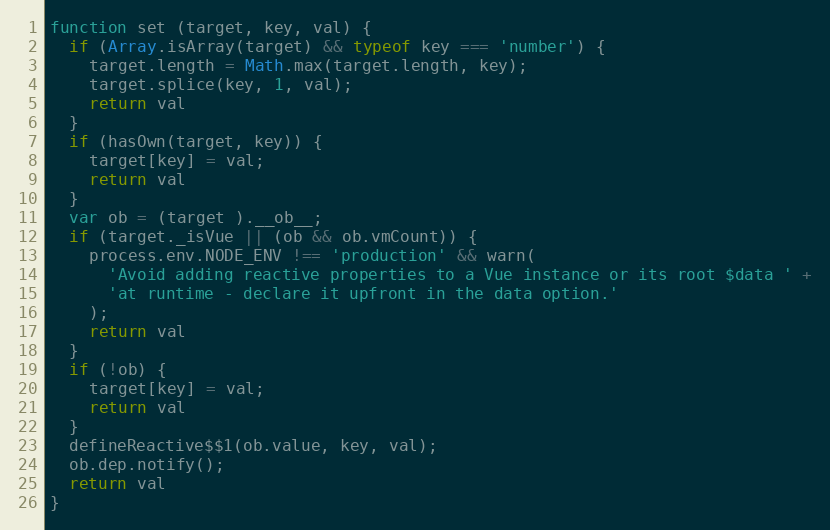
Language: JavaScript
function set (target, key, val) {
  if (Array.isArray(target) && typeof key === 'number') {
    target.length = Math.max(target.length, key);
    target.splice(key, 1, val);
    return val
  }
  if (hasOwn(target, key)) {
    target[key] = val;
    return val
  }
  var ob = (target ).__ob__;
  if (target._isVue || (ob && ob.vmCount)) {
    process.env.NODE_ENV !== 'production' && warn(
      'Avoid adding reactive properties to a Vue instance or its root $data ' +
      'at runtime - declare it upfront in the data option.'
    );
    return val
  }
  if (!ob) {
    target[key] = val;
    return val
  }
  defineReactive$$1(ob.value, key, val);
  ob.dep.notify();
  return val
}